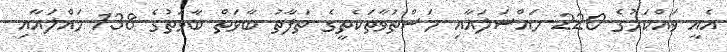
އެއީ ވައްކަމުގެ 220 މައްސަލައާއި މަސްތުވާތަކެތީގެ ތަފާތު ބާވަތް ބާވަތުގެ 138 މައްލައާއި